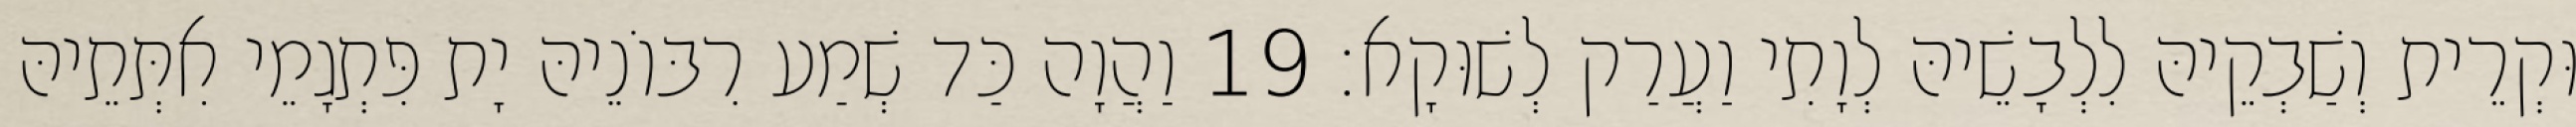
וּקְרֵית וְשַׁבְקֵיהּ לִלְבָשֵׁיהּ לְוָתִי וַעֲרַק לְשׁוּקָא׃ 19 וַהֲוָה כַּד שְׁמַע רִבּוֹנֵיהּ יָת פִּתְגָמֵי אִתְּתֵיהּ